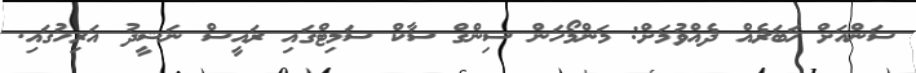
ސަންއަށް ޚަބަރެއް ދެއްވުމަށް: މަންމޯހަން ސިންގް ސާކް ސަމިޓްގައި ރައީސް ނަޝީދު އަރިހުގައި.